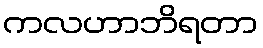
ကလဟာဘိရတာ